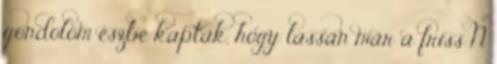
gondolom észbe kaptak, hogy lassan már a friss N